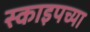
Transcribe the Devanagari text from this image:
स्काइपच्या